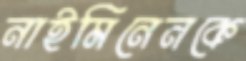
নাইমিনেনকে